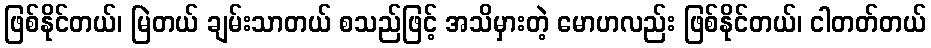
ဖြစ်နိုင်တယ်၊ မြဲတယ် ချမ်းသာတယ် စသည်ဖြင့် အသိမှားတဲ့ မောဟလည်း ဖြစ်နိုင်တယ်၊ ငါတတ်တယ်